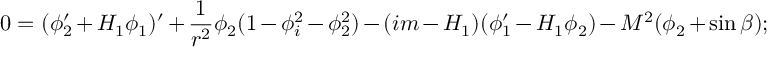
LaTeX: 0 = ( \phi _ { 2 } ^ { \prime } + H _ { 1 } \phi _ { 1 } ) ^ { \prime } + \frac { 1 } { r ^ { 2 } } \phi _ { 2 } ( 1 - \phi _ { i } ^ { 2 } - \phi _ { 2 } ^ { 2 } ) - ( i m - H _ { 1 } ) ( \phi _ { 1 } ^ { \prime } - H _ { 1 } \phi _ { 2 } ) - M ^ { 2 } ( \phi _ { 2 } + \sin \beta ) ;